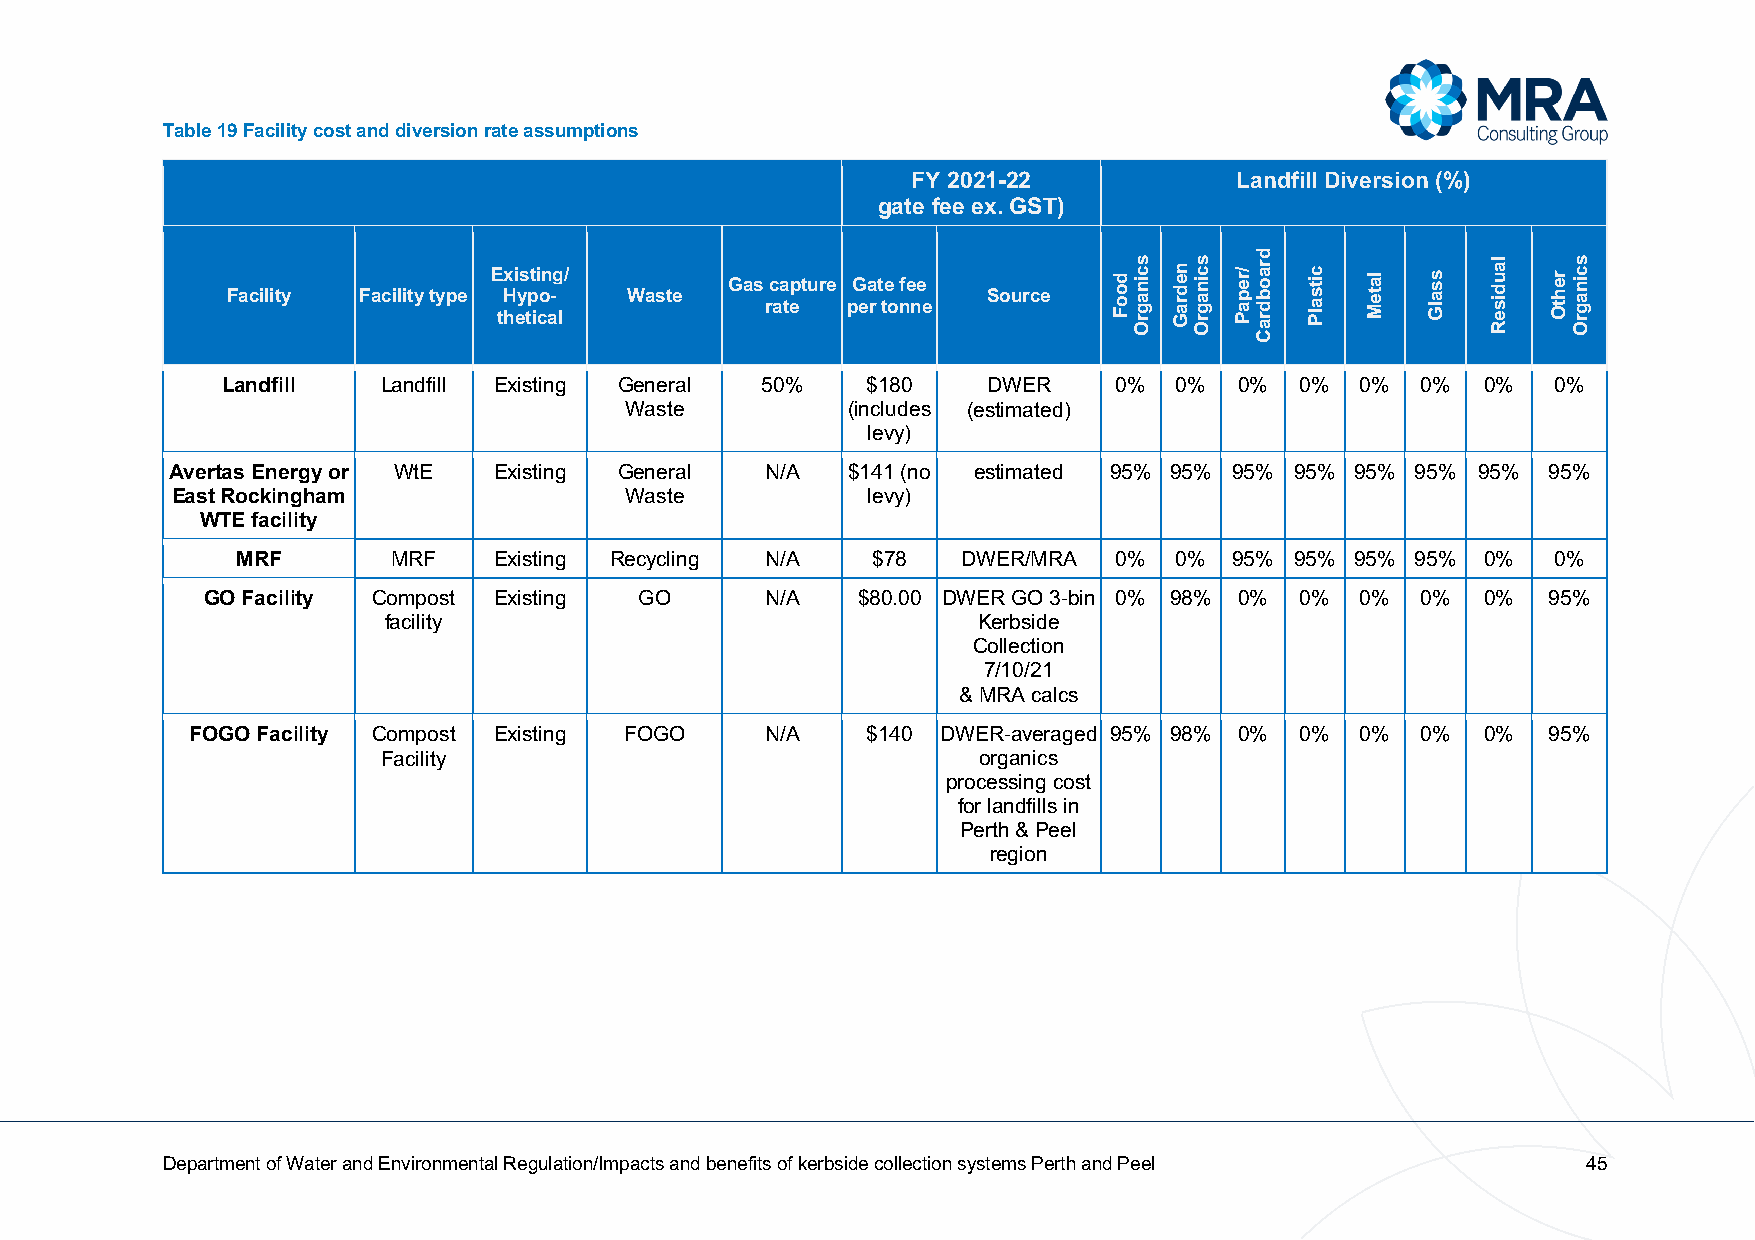
Table 19 Facility cost and diversion rate assumptions
 FY 2021-22            Landfill Diversion (%)
 gate fee ex. GST)
 Existing/       Gas capture Gate fee
 Facility Facility type Hypo- Waste                Source
 rate per tonne
 thetical
 Landfill  Landfill Existing General 50%   $180    DWER     0%  0%  0%  0%  0%  0%  0%   0%
 Waste          (includes (estimated)
 levy)
 Avertas Energy or WtE Existing General  N/A  $141 (no estimated 95% 95% 95% 95% 95% 95% 95% 95%
 East Rockingham               Waste           levy)
 WTE facility
 MRF       MRF    Existing Recycling N/A   $78   DWER/MRA  0%  0%  95% 95% 95% 95% 0%   0%
 GO Facility Compost Existing GO       N/A   $80.00 DWER GO 3-bin 0% 98% 0% 0% 0% 0%  0%  95%
 facility                                Kerbside
 Collection
 7/10/21
 & MRA calcs
 FOGO Facility Compost Existing FOGO   N/A   $140 DWER-averaged 95% 98% 0% 0% 0%  0%  0%  95%
 Facility                                organics
 processing cost
 for landfills in
 Perth & Peel
 region
 Department of Water and Environmental Regulation/Impacts and benefits of kerbside collection systems Perth and Peel 45
 dooF scinagrO nedraG scinagrO /repaP
 draobdraC
 citsalP lateM ssalG laudiseR rehtO scinagrO